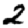
Digit: 2